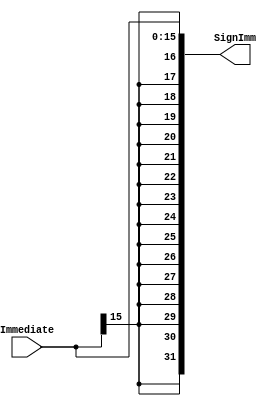
/*

	File name    : 
	LastEditors  : H
	LastEditTime : 2021-10-28 16:51:26
	Last Version : 1.0
	Description  : 
	
	----------------------------------------------------------------------------------------
	
	Author       : H
	Date         : 2021-10-28 16:51:11
	FilePath     : \MIPS_Single\Imm_Sign_Extend.v
	Copyright 2021 H, All Rights Reserved. 

*/
module Imm_Sign_Extend(
    // System Clock

    // User Interface
    input       [15:0]  Immediate,

    output      [31:0]  SignImm
);
    assign  SignImm = {{16{Immediate[15]}}, Immediate[15:0]};
endmodule